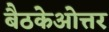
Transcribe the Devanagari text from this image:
बैठकेओत्तर